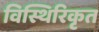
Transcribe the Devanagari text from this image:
विस्थिरिकृत